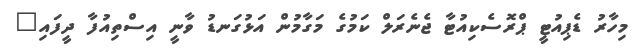
މިހާރު ޑެޕިއުޓީ ޕްރޮސެކިއުޓާ ޖެނެރަލް ކަމުގެ މަގާމުން އަޅުގަނޑު ވާނީ އިސްތިއުފާ ދީފައި"